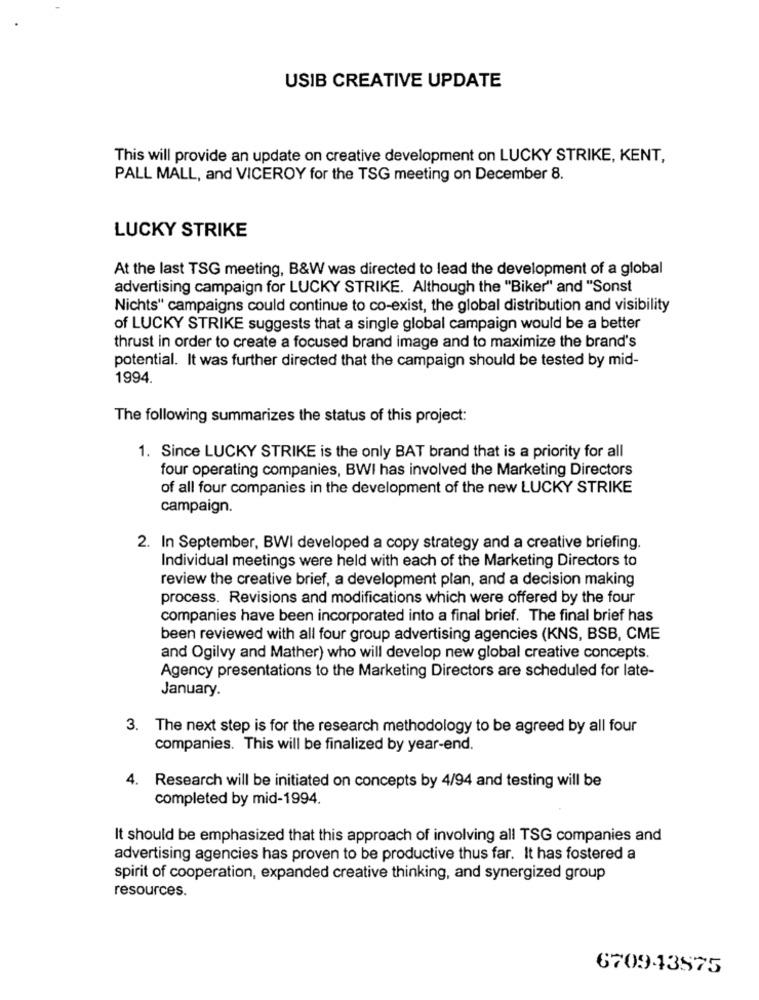
USIB CREATIVE UPDATE
This will provide an update on creative development on LUCKY STRIKE, KENT,
PALL MALL, and VICEROY for the TSG meeting on December 8.
LUCKY STRIKE
At the last TSG meeting, B&W was directed to lead the development of a global
advertising campaign for LUCKY STRIKE. Although the "Biker" and "Sonst
Nichts" campaigns could continue to co-exist, the global distribution and visibility
of LUCKY STRIKE suggests that a single global campaign would be a better
thrust in order to create a focused brand image and to maximize the brand's
potential. It was further directed that the campaign should be tested by mid-
1994.
The following summarizes the status of this project:
1. Since LUCKY STRIKE is the only BAT brand that is a priority for all
four operating companies, BWI has involved the Marketing Directors
of all four companies in the development of the new LUCKY STRIKE
campaign.
2. In September, BWI developed a copy strategy and a creative briefing.
Individual meetings were held with each of the Marketing Directors to
review the creative brief, a development plan, and a decision making
process. Revisions and modifications which were offered by the four
companies have been incorporated into a final brief. The final brief has
been reviewed with all four group advertising agencies (KNS, BSB, CME
and Ogilvy and Mather) who will develop new global creative concepts.
Agency presentations to the Marketing Directors are scheduled for late-
January.
3. The next step is for the research methodology to be agreed by all four
companies. This will be finalized by year-end.
4.
Research will be initiated on concepts by 4/94 and testing will be
completed by mid-1994.
It should be emphasized that this approach of involving all TSG companies and
advertising agencies has proven to be productive thus far. It has fostered a
spirit of cooperation, expanded creative thinking, and synergized group
resources.
670943575